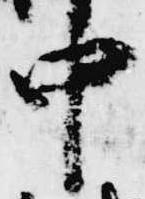
中